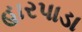
હારપાડા